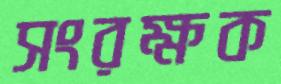
সংরক্ষক